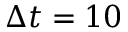
\Delta t = 1 0